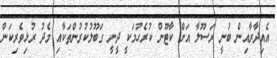
އެއިދާރާއިން ބުނީ ރަސޫލާ އަށް ކާޓޫން ކުރެހުމަކީ ދީނީ ގަބޫލުކުރުންތަކާއި މެދު ރުޅިވެރިކަން